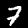
Label: 7